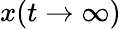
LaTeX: x(t\to\infty)